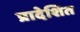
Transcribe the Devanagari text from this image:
प्रादेशित